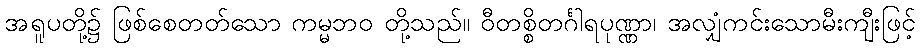
အရူပတို့၌ ဖြစ်စေတတ်သော ကမ္မဘဝ တို့သည်။ ဝီတစ္စိတင်္ဂါရပုဏ္ဏာ၊ အလျှံကင်းသောမီးကျီးဖြင့်